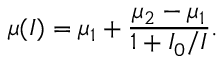
\mu ( I ) = \mu _ { 1 } + \frac { \mu _ { 2 } - \mu _ { 1 } } { 1 + I _ { 0 } / I } .